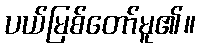
ပယ်မြစ်တော်မူ၏။